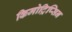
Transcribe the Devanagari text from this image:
किमोट्रिप्सिन